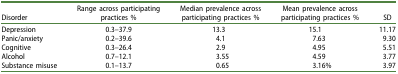
<table><thead><tr><td><b>Disorder</b></td><td><b>Range across participating practices %</b></td><td><b>Median prevalence across participating practices %</b></td><td><b>Mean prevalence across participating practices %</b></td><td><b>SD</b></td></tr></thead><tbody><tr><td>Depression</td><td>0.3–37.9</td><td>13.3</td><td>15.1</td><td>11.17</td></tr><tr><td>Panic/anxiety</td><td>0.2–39.6</td><td>4.1</td><td>7.63</td><td>9.30</td></tr><tr><td>Cognitive</td><td>0.3–26.4</td><td>2.9</td><td>4.95</td><td>5.51</td></tr><tr><td>Alcohol</td><td>0.7–12.1</td><td>3.55</td><td>4.59</td><td>3.77</td></tr><tr><td>Substance misuse</td><td>0.1–13.7</td><td>0.65</td><td>3.16%</td><td>3.97</td></tr></tbody></table>